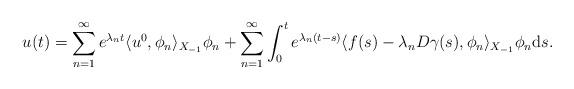
LaTeX: \begin{align*}u(t) = \sum_{n = 1}^{\infty} e^{\lambda_{n} t} \langle u^{0}, \phi_{n}\rangle_{X_{-1}} \phi_{n}+ \sum_{n = 1}^{\infty} \int_{0}^{t} e^{\lambda_{n} (t - s)} \langle f(s) - \lambda_{n} D \gamma(s), \phi_{n}\rangle_{X_{-1}} \phi_{n} \mathrm{d}s. \end{align*}